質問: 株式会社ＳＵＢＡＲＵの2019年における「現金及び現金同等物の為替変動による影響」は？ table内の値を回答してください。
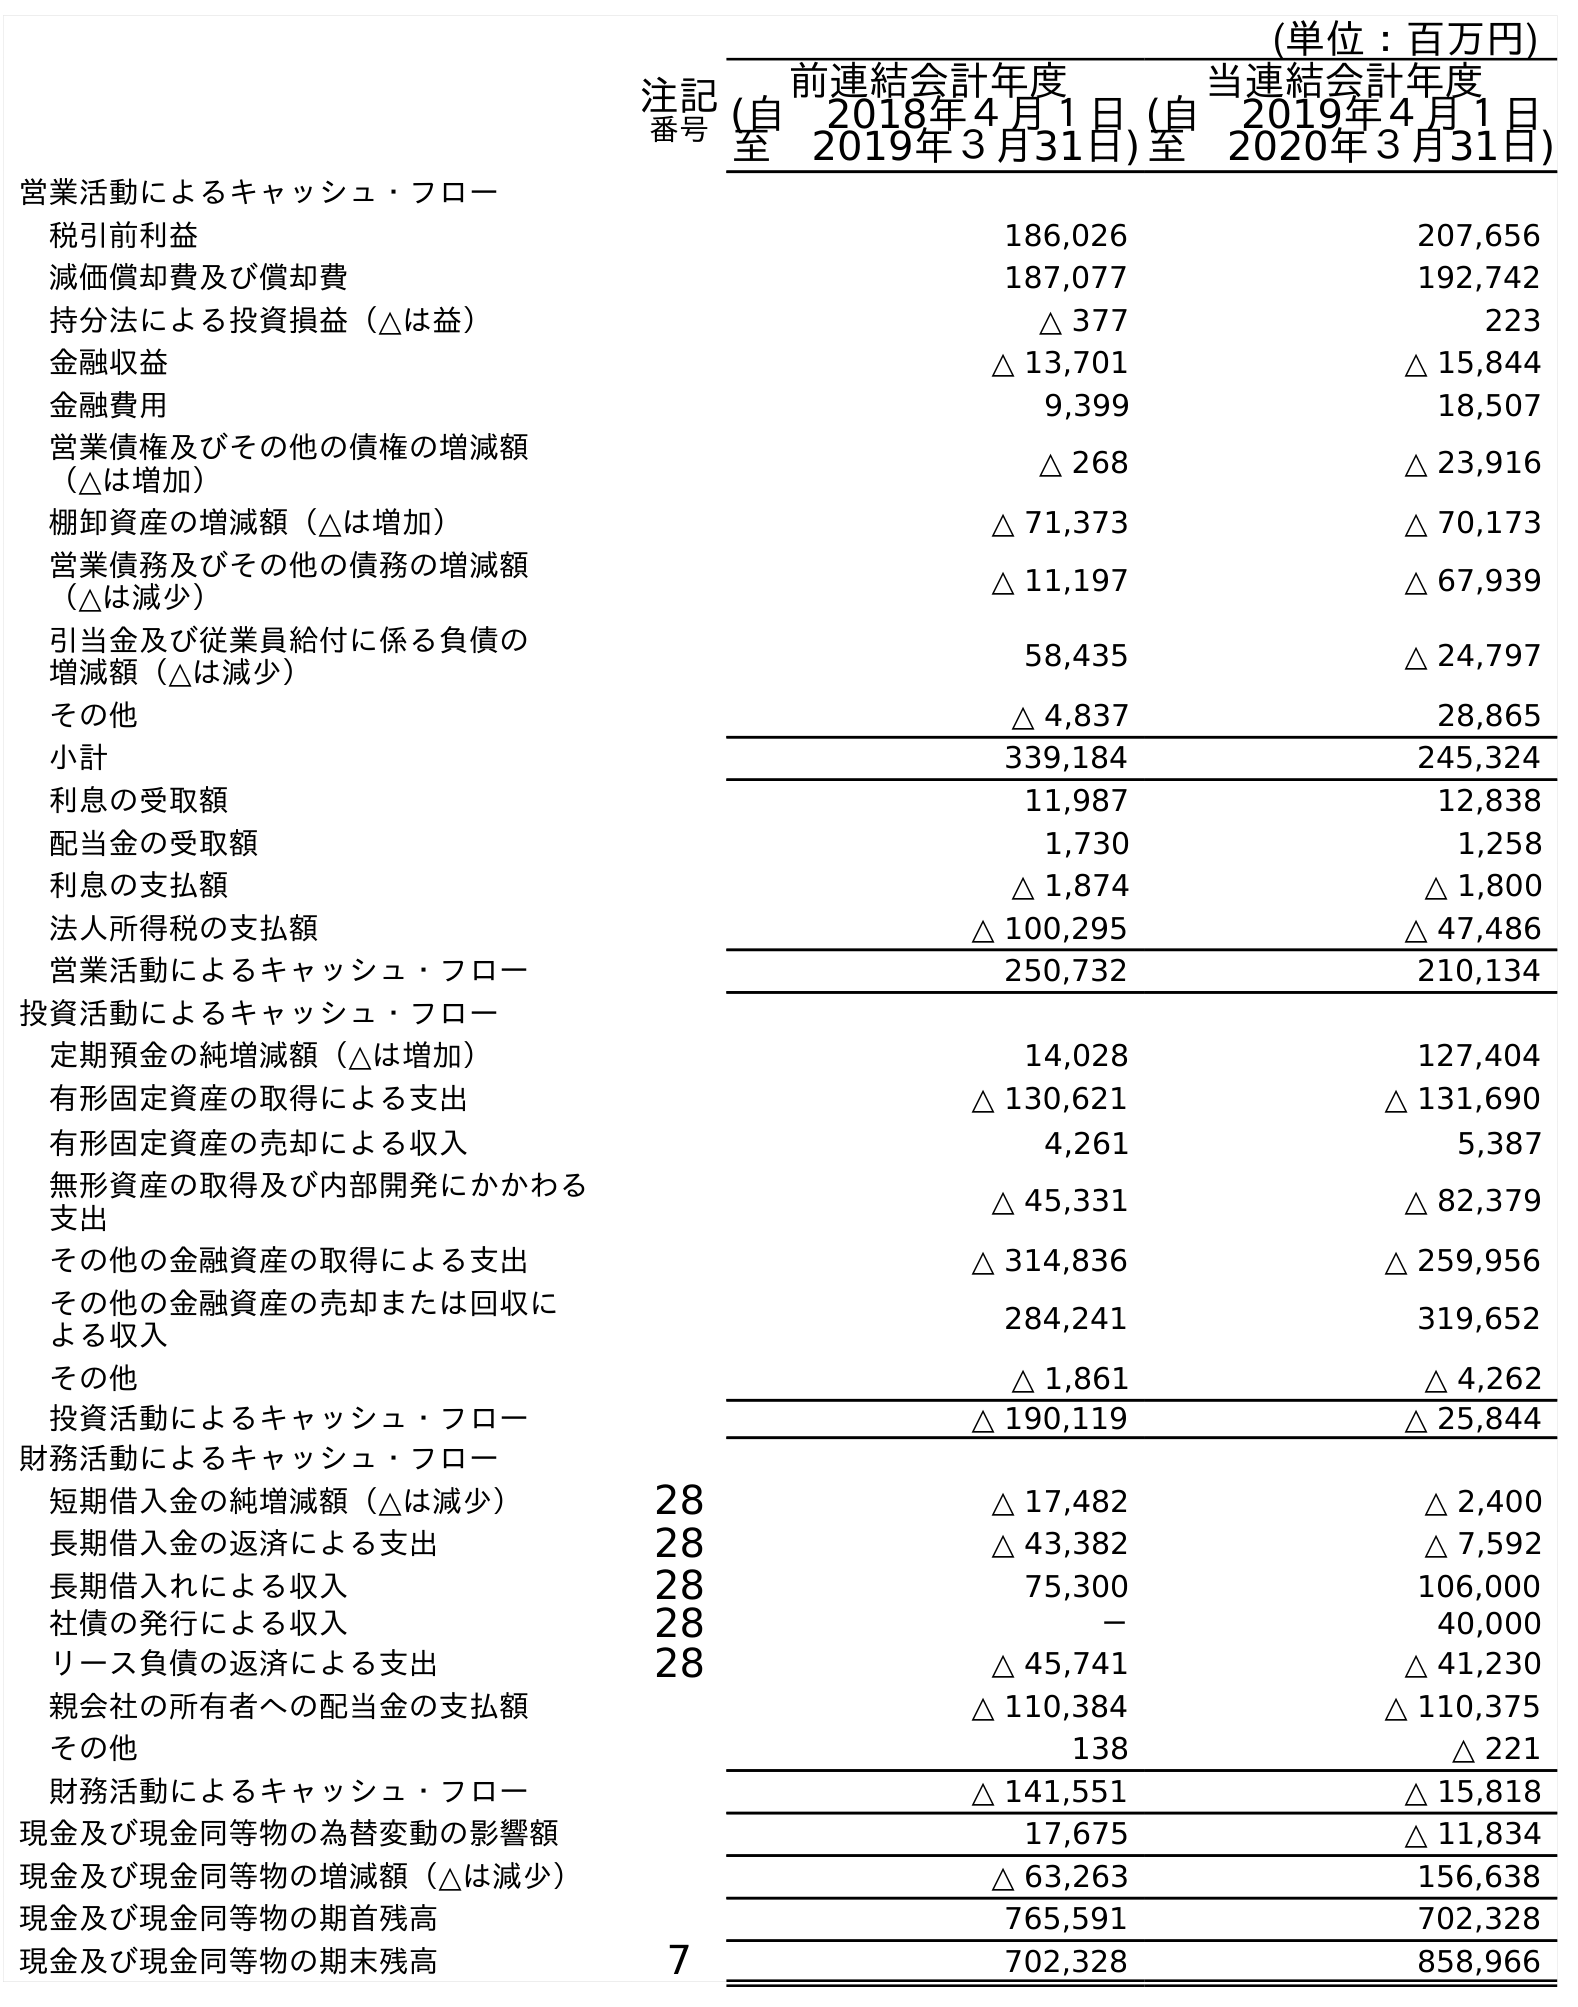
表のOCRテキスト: (単位：百万円) 注記 番号 前連結会計年度 (自 2018年４月１日 至 2019年３月31日) 当連結会計年度 (自 2019年４月１日 至 2020年３月31日) 営業活動によるキャッシュ・フロー 税引前利益 186,026 207,656 減価償却費及び償却費 187,077 192,742 持分法による投資損益（△は益） △ 377 223 金融収益 △ 13,701 △ 15,844 金融費用 9,399 18,507 営業債権及びその他の債権の増減額 （△は増加） △ 268 △ 23,916 棚卸資産の増減額（△は増加） △ 71,373 △ 70,173 営業債務及びその他の債務の増減額 （△は減少） △ 11,197 △ 67,939 引当金及び従業員給付に係る負債の 増減額（△は減少） 58,435 △ 24,797 その他 △ 4,837 28,865 小計 339,184 245,324 利息の受取額 11,987 12,838 配当金の受取額 1,730 1,258 利息の支払額 △ 1,874 △ 1,800 法人所得税の支払額 △ 100,295 △ 47,486 営業活動によるキャッシュ・フロー 250,732 210,134 投資活動によるキャッシュ・フロー 定期預金の純増減額（△は増加） 14,028 127,404 有形固定資産の取得による支出 △ 130,621 △ 131,690 有形固定資産の売却による収入 4,261 5,387 無形資産の取得及び内部開発にかかわる 支出 △ 45,331 △ 82,379 その他の金融資産の取得による支出 △ 314,836 △ 259,956 その他の金融資産の売却または回収に よる収入 284,241 319,652 その他 △ 1,861 △ 4,262 投資活動によるキャッシュ・フロー △ 190,119 △ 25,844 財務活動によるキャッシュ・フロー 短期借入金の純増減額（△は減少） 28 △ 17,482 △ 2,400 長期借入金の返済による支出 28 △ 43,382 △ 7,592 長期借入れによる収入 28 75,300 106,000 社債の発行による収入 28 － 40,000 リース負債の返済による支出 28 △ 45,741 △ 41,230 親会社の所有者への配当金の支払額 △ 110,384 △ 110,375 その他 138 △ 221 財務活動によるキャッシュ・フロー △ 141,551 △ 15,818 現金及び現金同等物の為替変動の影響額 17,675 △ 11,834 現金及び現金同等物の増減額（△は減少） △ 63,263 156,638 現金及び現金同等物の期首残高 765,591 702,328 現金及び現金同等物の期末残高 7 702,328 858,966
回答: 17,675